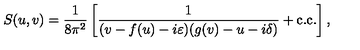
S ( u , v ) = \frac 1 { 8 \pi ^ { 2 } } \left[ \frac { 1 } { ( v - f ( u ) - i \varepsilon ) ( g ( v ) - u - i \delta ) } + \mathrm { c . c . } \right] ,